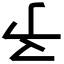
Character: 𠄔